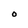
Character: O